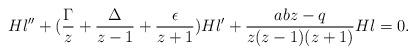
LaTeX: \begin{align*}Hl''+(\frac{\Gamma}{z}+\frac{\Delta}{z-1}+\frac{\epsilon}{z+1})Hl'+\frac{abz-q}{z(z-1)(z+1)}Hl=0.\end{align*}